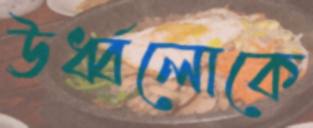
ঊর্ধ্বলোকে